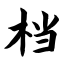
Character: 档